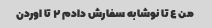
من ٤ تا نوشابه سفارش دادم ٢ تا اوردن